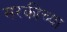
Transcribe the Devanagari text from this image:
सरकीच्या